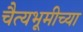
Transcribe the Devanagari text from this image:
चैत्यभूमीच्या